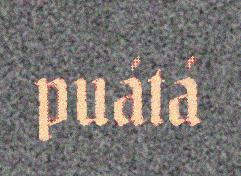
puátá